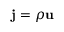
\mathbf { j } = \rho \mathbf { u }